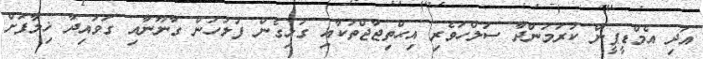
އަދި އެމްޑީޕީން ކުރަމުންދާ ސުލްހަވެރި އިޙްތިޖާޖްތަކާއި ގުޅިގެން ފުލުހުން ގާނޫނާއި ގަވައިދާ ޚިލާފަށް